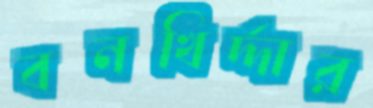
বনখির্দ্দার